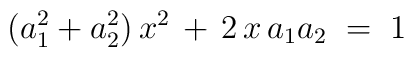
(a_1^2+a_2^2)\,x^2 \,+\, 2\,x\,a_1a_2 \;=\; 1